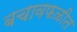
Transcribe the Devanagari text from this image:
बचावफळीत